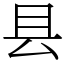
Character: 县